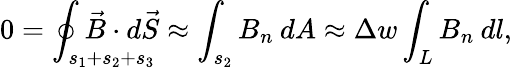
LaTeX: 0=\oint_{s_{1}+s_{2}+s_{3}}\! \! \! \! \! \! \! \! \! \! \! \! \! \! \! \! \vec{B}\cdot d\vec{S}\approx\int_{s_{2}}B_{n}\: dA\approx\Delta w\int_{L}B_{n}\: dl,